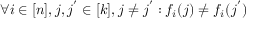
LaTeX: \forall i \in [ n ] , j , j ^ { ' } \in [ k ] , j \neq j ^ { ' } : f _ { i } ( j ) \neq f _ { i } ( j ^ { ' } )